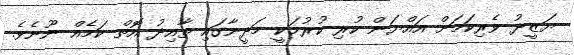
ޔަޒީދު ވެރިކަމަށް އައްޔަން ކުރި ކުރުމަކީ މަދީނާގައި ތާއިދު އޮތް ކަމެއް ނޫނެވެ.